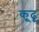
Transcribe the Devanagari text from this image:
कूढू